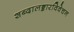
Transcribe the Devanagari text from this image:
शब्दालङ्कारविवेचन